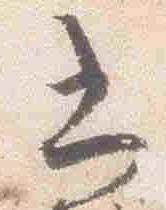
書